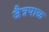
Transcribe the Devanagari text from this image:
जैत्रपाळ